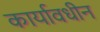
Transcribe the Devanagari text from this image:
कार्यावधीन